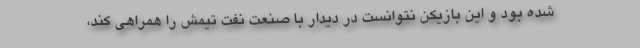
شده بود و این بازیکن نتوانست در دیدار با صنعت نفت تیمش را همراهی کند،